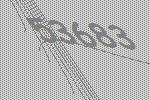
53683